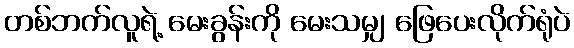
တစ်ဘက်လူရဲ့ မေးခွန်းကို မေးသမျှ ဖြေပေးလိုက်ရုံပဲ